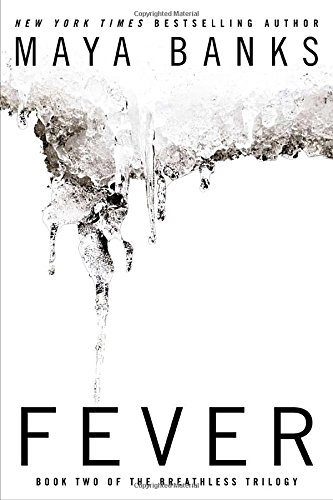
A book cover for Fever (Breathless); Maya Banks; Romance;